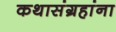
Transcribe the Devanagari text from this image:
कथासंग्रहांना